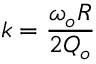
k = { \frac { \omega _ { o } R } { 2 Q _ { o } } }